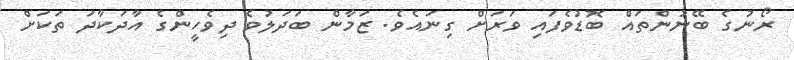
ރޯނުގެ ބޭނުންތައް ބޮޑުވެފައި ވަރަށް ގިނައެވެ. ޒަމާން ބަދަލުވެ ދިވެހީންގެ އާދަކާދަ ތަކަށް